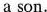
a son.